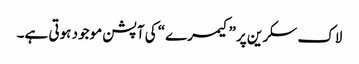
لاک سکرین پر ”کیمرے“ کی آپشن موجود ہوتی ہے۔